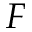
F